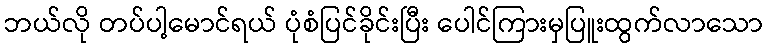
ဘယ်လို တပ်ပါ့မောင်ရယ် ပုံစံပြင်ခိုင်းပြီး ပေါင်ကြားမှပြူးထွက်လာသော